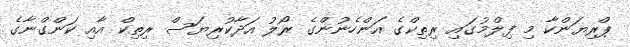
ޕްރިޔަންކާ މި ފިލްމުގައި ރިތިކްގެ އަންހެނުންގެ ރޯލު އަދާކުރިޔަސް ރިތިކް އާއި ކަންގްނާގެ